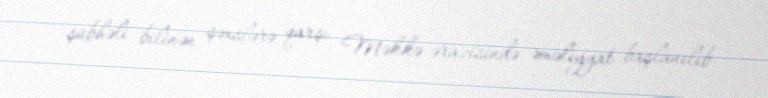
şübhəli bilinən şəxslərə qarşı Məkkə ərazisində əməliyyat başlanılıb.